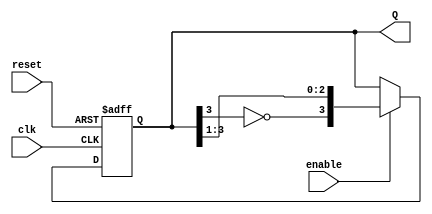
module JohnsonCounter #(
    parameter N = 4  // Parameter to define the number of flip-flops
)(
    input wire clk,
    input wire reset,
    input wire enable,
    output reg [N-1:0] Q
);
    
    // Internal signal to hold inverted output of the last flip-flop
    wire feedback = ~Q[N-1];

    always @(posedge clk or posedge reset) begin
        if (reset) begin
            // Asynchronous reset
            Q <= 0;
        end else if (enable) begin
            // Johnson counter state transition
            Q <= {feedback, Q[N-1:1]};
        end
        // If enable is low, maintain current state
    end

endmodule